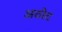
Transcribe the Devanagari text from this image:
अठोट